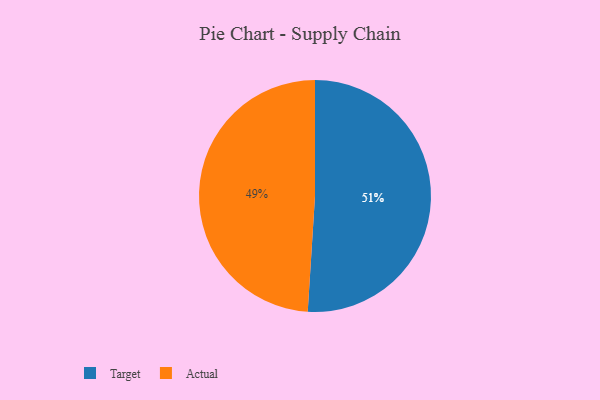
{"axis": {"x": "Category", "y": "Percentage"}, "legend": ["Actual", "Target"], "data": [{"x": "Actual", "y": 49, "type": "Actual"}, {"x": "Target", "y": 51, "type": "Target"}]}